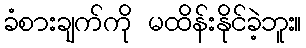
ခံစားချက်ကို မထိန်းနိုင်ခဲ့ဘူး။